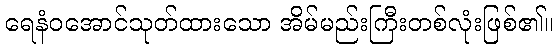
ရေနံဝအောင်သုတ်ထားသော အိမ်မည်းကြီးတစ်လုံးဖြစ်၏။